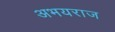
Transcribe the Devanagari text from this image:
अभयराज